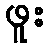
ဖူး